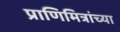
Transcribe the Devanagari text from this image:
प्राणिमित्रांच्या